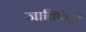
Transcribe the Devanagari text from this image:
जातिविदों